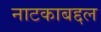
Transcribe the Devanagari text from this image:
नाटकाबद्दल